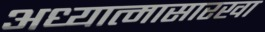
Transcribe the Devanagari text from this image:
अध्यात्मासारखा